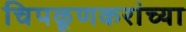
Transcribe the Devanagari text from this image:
चिपळूणकरांच्या